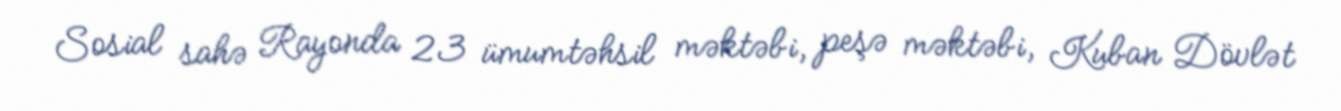
Sosial sahə Rayonda 23 ümumtəhsil məktəbi, peşə məktəbi, Kuban Dövlət